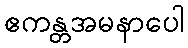
ဧကန္တအမနာပေါ